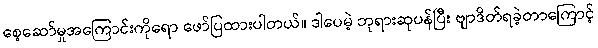
စေ့ဆော်မှုအကြောင်းကိုရော ဖော်ပြထားပါတယ်။ ဒါပေမဲ့ ဘုရားဆုပန်ပြီး ဗျာဒိတ်ရခဲ့တာကြောင့်